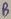
Text: B